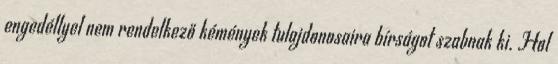
engedéllyel nem rendelkező kémények tulajdonosaira bírságot szabnak ki. Hol